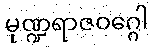
မုဏ္ဍရာဇဝဂ္ဂေါ